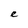
Character: e